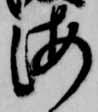
海